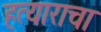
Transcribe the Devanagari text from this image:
हत्याराचा